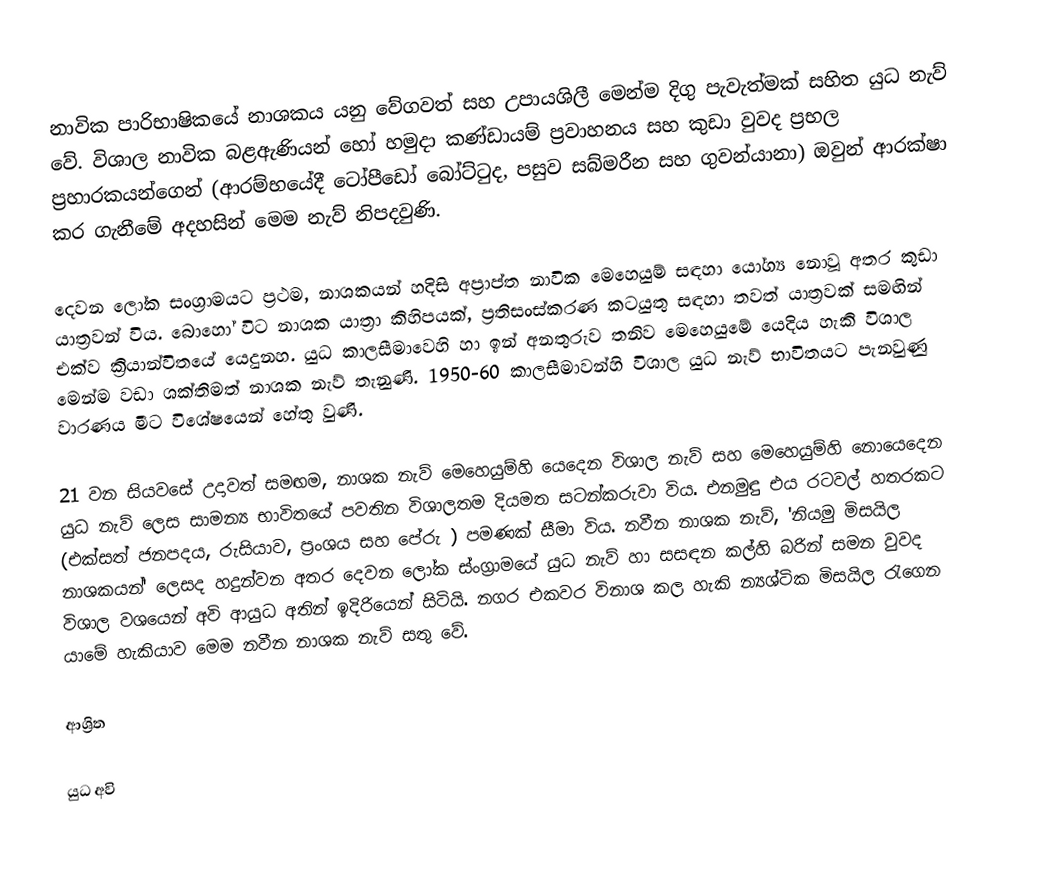
නාවික පාරිභාෂිකයේ නාශකය යනු වේගවත් සහ උපායශිලී මෙන්ම දිගු පැවැත්මක් සහිත යුධ නැව් වේ. විශාල නාවික බළඇණියන් හෝ හමුදා කණ්ඩායම් ප්‍රවාහනය සහ කුඩා වුවද ප්‍රභල ප්‍රහාරකයන්ගෙන් (ආරම්භයේදී ටෝපීඩෝ බෝට්ටුද, පසුව සබ්මරීන සහ ගුවන්යානා) ඔවුන් ආරක්ෂා කර ගැනීමේ අදහසින් මෙම නැව් නිපදවුණි.

දෙවන ලෝක සංග්‍රාමයට ප්‍රථම, නාශකයන් හදිසි අප්‍රාප්ත නාවික මෙහෙයුම් සඳහා  යෝග්‍ය නොවූ අතර කුඩා යාත්‍රවන් විය. බොහෝ විට නාශක යාත්‍රා කිහිපයක්, ප්‍රතිසංස්කරණ කටයුතු සඳහා තවත් යාත්‍රවක් සමඟින් එක්ව ක්‍රියාන්විතයේ යෙදුනහ. යුධ කාලසීමාවෙහි හා ඉන් අනතුරුව තනිව මෙහෙයුමේ යෙදිය හැකි විශාල මෙන්ම වඩා ශක්තිමත් නාශක නැව් තැනුණි. 1950-60 කාලසීමාවන්හි විශාල යුධ නැව් භාවිතයට පැනවුණු වාරණය මීට විශේෂයෙන් හේතු වුණි.

21 වන සියවසේ උදාවත් සමඟම, නාශක නැව් මෙහෙයුම්හි යෙදෙන විශාල නැව් සහ මෙහෙයුම්හි නොයෙදෙන යුධ නැව් ලෙස සාමන්‍ය භාවිතයේ පවතින විශාලතම දියමත සටන්කරුවා විය. එනමුඳු එය රටවල් හතරකට (එක්සත් ජනපදය, රුසියාව, ප්‍රංශය සහ පේරු ) පමණක් සීමා විය. නවීන නාශක නැව්, 'නියමු මිසයිල නාශකයන්' ලෙසද හදුන්වන අතර දෙවන ලෝක ස්ංග්‍රාමයේ යුධ නැව් හා සසඳන කල්හි බරින් සමන වුවද විශාල වශයෙන් අවි ආයුධ අතින් ඉදිරියෙන් සිටියි. නගර එකවර විනාශ කල හැකි න්‍යශ්ටික මිසයිල රැගෙන යාමේ හැකියාව මෙම නවීන නාශක නැව් සතු වේ.

ආශ්‍රිත

යුධ අවි